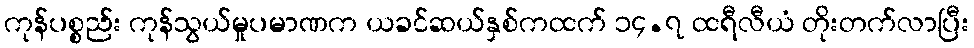
ကုန်ပစ္စည်း ကုန်သွယ်မှုပမာဏက ယခင်ဆယ်နှစ်ကထက် ၁၄.၇ ထရီလီယံ တိုးတက်လာပြီး